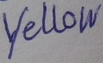
Text: Yellow